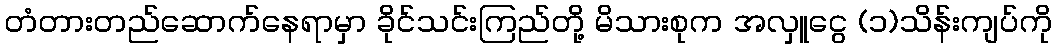
တံတားတည်ဆောက်နေရာမှာ ခိုင်သင်းကြည်တို့ မိသားစုက အလှူငွေ (၁)သိန်းကျပ်ကို